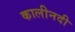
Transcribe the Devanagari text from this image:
कालीनदी